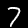
Label: 7